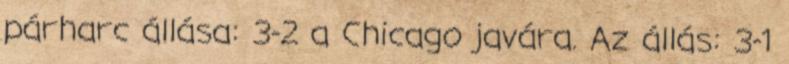
párharc állása: 3-2 a Chicago javára. Az állás: 3-1